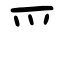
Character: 爫